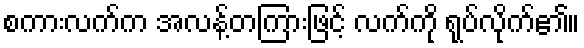
စကားလက်က အလန့်တကြားဖြင့် လက်ကို ရုပ်လိုက်၏။